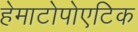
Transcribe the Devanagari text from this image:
हेमाटोपोएटिक